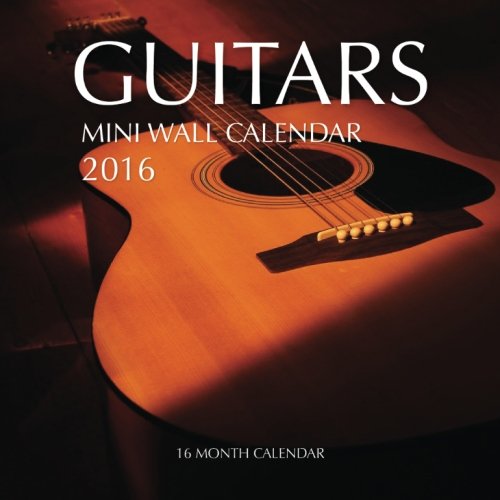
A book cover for Guitars Mini Wall Calendar 2016: 16 Month Calendar; Jack Smith; Calendars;